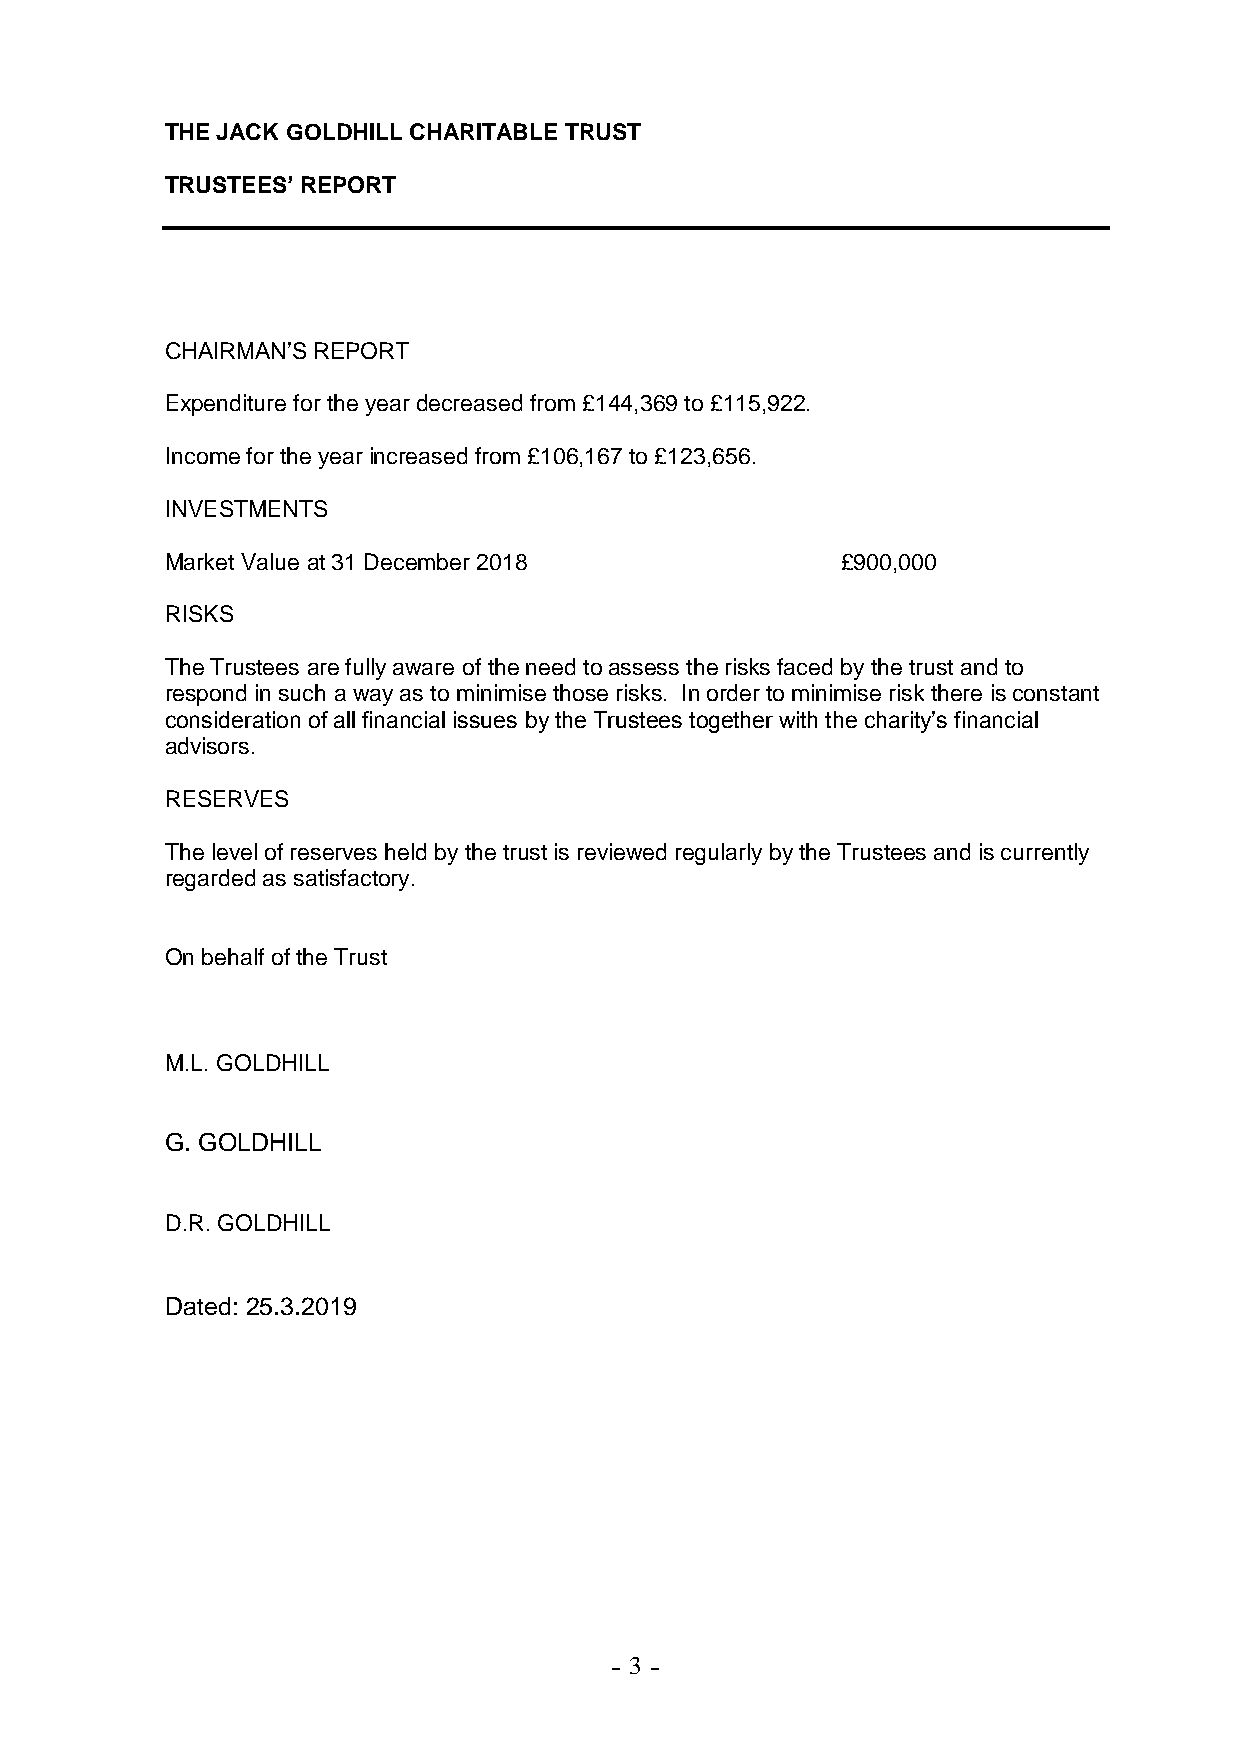
THE JACK GOLDHILL CHARITABLE TRUST
 TRUSTEES’ REPORT
 CHAIRMAN’S REPORT
 Expenditure for the year decreased from £144,369 to £115,922.
 Income for the year increased from £106,167 to £123,656.
 INVESTMENTS
 Market Value at 31 December 2018             £900,000
 RISKS
 The Trustees are fully aware of the need to assess the risks faced by the trust and to
 respond in such a way as to minimise those risks. In order to minimise risk there is constant
 consideration of all financial issues by the Trustees together with the charity’s financial
 advisors.
 RESERVES
 The level of reserves held by the trust is reviewed regularly by the Trustees and is currently
 regarded as satisfactory.
 On behalf of the Trust
 M.L. GOLDHILL
 G. GOLDHILL
 D.R. GOLDHILL
 Dated: 25.3.2019
 - 3 -